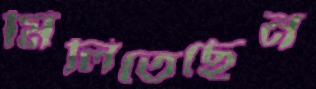
মিলিতেছেন